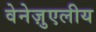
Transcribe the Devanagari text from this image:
वेनेज़ुएलीय